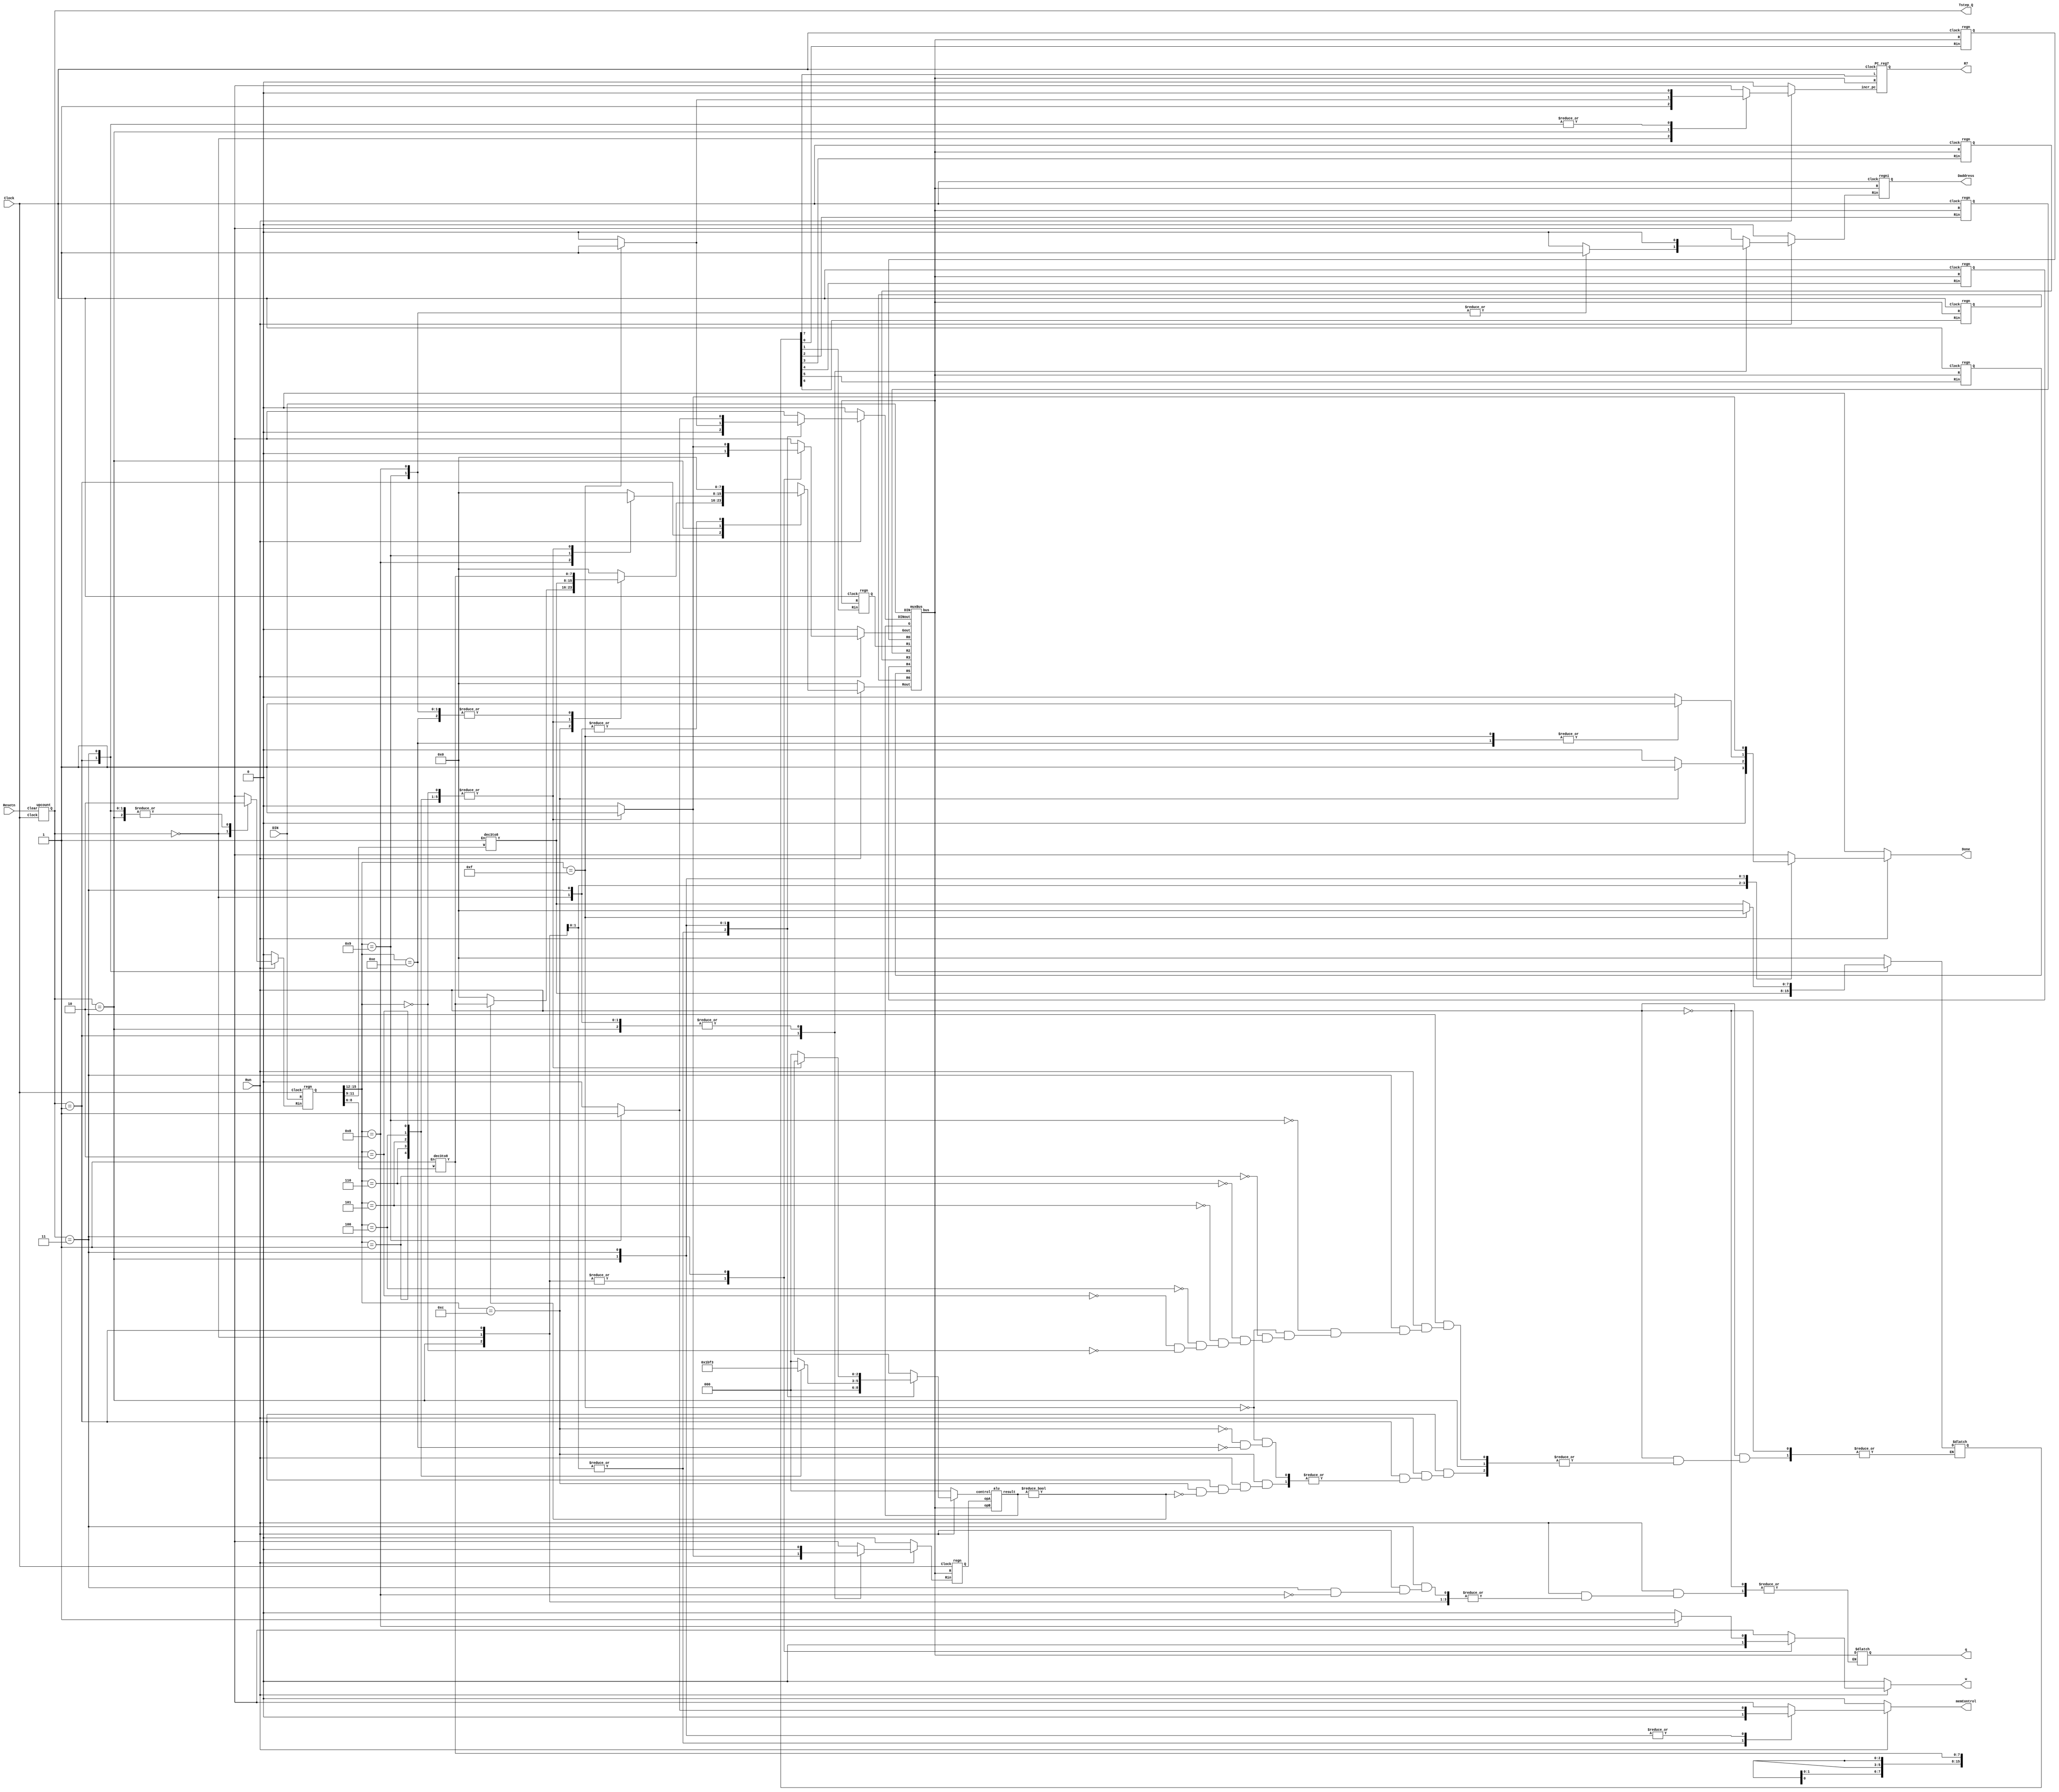
module proc (DIN, Resetn, Clock, Run, Done, q, w, Tstep_Q, Daddress, R7, memControl);

	input [15:0] DIN;
	input Resetn, Clock, Run;
	output reg Done, w, memControl;
	output [15:0] Daddress;
	output reg [15:0] q;
	//output [15:0] DOUT;
	output wire [15:0] R7;

	initial begin
		memControl = 1'b0;
	end

	parameter n = 16;
	wire [n-1:0] BusWires;
	reg [n/2-1:0] Rin, Rout;
	wire [n-1:0] instruction;
	output wire [1:0] Tstep_Q;
	
	reg Ain, IRin, Gin, Gout, ADDRin, DOUTin, incr_pc,DINout;
	reg [2:0] opUla;
	reg [1:0] controlALU;
	wire [n-1:0] R0, R1, R2, R3, R4, R5, R6;
	wire [n-1:0] Qa, G;
	//wire [n-1:0] register [7:0];
	wire [3:0] opcode;
	wire Clear = Resetn;
	wire [7:0] Xreg;
	wire [7:0] Yreg;
	wire [n-1:0] aluOut;
	
	upcount Tstep (Clear, Clock, Tstep_Q);
	
	regn RegInstruction(DIN, IRin, Clock, instruction);
	
	//assign opcode = instruction[15:12];
	
	//assign R0 = 16'b0000000000000001;
	//assign R1 = 16'b0000000000000010;
	
	dec3to8 decX (instruction[11:9], 1'b1, Xreg);
	dec3to8 decY (instruction[8:6], 1'b1, Yreg);
	
	regni RegAddress(BusWires, ADDRin, Clock, Daddress);
	//regn RegDOut(BusWires, DOUTin, Clock, DOUT);
	
	always @(Tstep_Q or Xreg or Yreg)
		begin
			Done = 1'b0;
			memControl = 1'b0;
			w = 1'b0;
			//Rin = 7'b0;
			Rout = 7'b0;
			Ain = 1'b0;
			IRin = 1'b0;
			Gin = 1'b0;
			Gout = 1'b0;
			ADDRin = 1'b0;
			DOUTin = 1'b0;
			incr_pc = 1'b0;
			DINout = 1'b0;
			opUla = 3'b0;
			controlALU = 2'b0;
			if(Run) begin
				case (Tstep_Q)
				2'b00: // PASSO 0
					begin
						IRin = 1'b1;
						ADDRin = 1'b0;
						DINout = 1'b0;
						w = 1'b0;
						incr_pc = 1'b1;
						Gout = 1'b0;
						Rout = 16'b0;
						Rin = 16'b0;
						Done = 1'b0;
						memControl = 1'b0;
					end
				2'b01: // PASSO 1
					case (instruction[15:12])
					 4'b1000: //STORE
					 	begin 
					 		incr_pc = 1'b0;
					 		IRin = 1'b0;
					 		Rout = Yreg;
					 		ADDRin = 1'b1;
					 	end
					 4'b1001: // LOAD
						 begin
							incr_pc = 1'b0;
							ADDRin = 1'b1;
							IRin = 1'b0;
							Rout = Yreg;
						 end
					  4'b1111: // MVI
						 begin
							incr_pc = 1'b0;
							IRin = 1'b0;
							//ADDRin = 1'b1;
							Rin = Xreg;
						 end
					  4'b1100: // MVNZ
						 begin
							incr_pc = 1'b0;
							IRin = 1'b0;
							if(G != 16'b0) begin
								Rout = Yreg;
								Rin = Xreg;
							end
							Done = 1'b1;
						end
					  4'b0001: // SUB
						begin
							Rout = Xreg;
							IRin = 1'b0;
							Ain  = 1'b1;
							incr_pc = 1'b0;
						end
					  4'b0110: // SLT
						begin
							incr_pc = 1'b0;
							Rout = Xreg;
							IRin = 1'b0;
							Ain  = 1'b1;
						end
					  4'b0101: // SRL
						 begin
							incr_pc = 1'b0;
							Rout = Xreg;
							IRin = 1'b0;
							Ain  = 1'b1;
						end
					  4'b0100: // SLL
						 begin
							incr_pc = 1'b0;
							Rout = Xreg;
							IRin = 1'b0;
							Ain  = 1'b1;
						end
					  4'b0010: // OR
						begin
						  IRin = 1'b0;
							Rout = Xreg;
							Ain = 1'b1;
							incr_pc = 1'b0;
						end  
					  4'b0000: // ADD
						 begin
							IRin = 1'b0;
							Rout = Xreg;
							Ain = 1'b1;
							incr_pc = 1'b0;
						 end  
						4'b1110: // MV
							begin
							  IRin = 1'b0;
							  Rin = Xreg;
							  Rout = Yreg;
							  incr_pc = 1'b0;
							end
					endcase
				2'b10: // PASSO 2
				 case(instruction[15:12])

				   4'b1000: //STORE
					 	begin
					 		ADDRin = 1'b0;
					 		Rout = Xreg;
					 	end
				   4'b1001: // LOAD
						begin
						  ADDRin = 1'b0;
						  Rout = 16'bx;
						  memControl = 1'b1;
						end
					 4'b1111: // MVI
						begin
						  incr_pc = 1'b1;
						  ADDRin = 1'b0;
						  Done = 1'b1;
						  DINout = 1'b1;
						  //DINout = 1'b0;
						 
						end
					4'b0001: // SUB
					 begin
						Rout = Yreg;
						Gin = 1'b1;
						Ain = 1'b0;
						opUla = 3'b001;
					  end
					4'b0110: // SLT
					 begin
						Rout = Yreg;
						Gin = 1'b1;
						Ain = 1'b0;
						opUla = 3'b101;
					  end
					4'b0101: // SRL
					  begin
						Rout = Yreg;
						Gin = 1'b1;
						Ain = 1'b0;
						opUla = 3'b111;
					  end
					4'b0100: // SLL
					  begin
						Rout = Yreg;
						Gin = 1'b1;
						Ain = 1'b0;
						opUla = 3'b110;
					  end
					 4'b0010: // OR
					  begin
						 Rout = Yreg;
						 Gin = 1'b1;
						 Ain = 1'b0; 
						 opUla = 3'b011;
					  end
					 4'b0000: // ADD
						begin
						 Rout = Yreg;
						 Gin = 1'b1;
						 Ain = 1'b0; 
						 opUla = 3'b000;
						end
					4'b1110: // MV
						begin
							Done = 1'b1;
						end
					endcase
				2'b11: // PASSO 3
				  case(instruction[15:12])
				    4'b1000: //STORE
					 	begin 
					 		w = 1'b1;
					 		ADDRin = 1'b0;
					 		q = BusWires;
					 	end
				    4'b1001: // LOAD
						begin
						  memControl = 1'b1;
						  Rin = Xreg;
						  DINout = 1'b1;
						end
				    4'b1111: // MVI
						begin
						  DINout = 1'b0;
						  Rin = 16'b0;
						  incr_pc = 1'b0;
						end
					4'b0001: // SUB
					  begin
						Gout = 1'b1;
						Rin = Xreg;
						opUla = 3'bxx;
						Done = 1'b1;
					  end
					4'b0110: // SLT
					  begin
						Gout = 1'b1;
						Rin = Xreg;
						opUla = 3'bxx;
						Done = 1'b1;
					  end
					4'b0101: // SRL
					  begin
						Gout = 1'b1;
						Rin = Xreg;
						opUla = 3'bxx;
						Done = 1'b1;
					  end
					4'b0100: // SLL
					  begin
						Gout = 1'b1;
						Rin = Xreg;
						opUla = 3'bxx;
						Done = 1'b1;
					  end
					 4'b0010: // OR
					  begin
						Gout = 1'b1;
						Rin = Xreg;
						opUla = 3'bxx;
						Done = 1'b1;
						end
					4'b0000: // ADD
						begin
							Gout = 1'b1;
							Rin = Xreg;
							opUla = 3'bxx;
							Done = 1'b1;
						end
					endcase
				endcase	
			end
		end

	regn reg_0 (BusWires, Rin[0], Clock, R0);
	regn reg_1 (BusWires, Rin[1], Clock, R1);
	regn reg_2 (BusWires, Rin[2], Clock, R2);
	regn reg_3 (BusWires, Rin[3], Clock, R3);
	regn reg_4 (BusWires, Rin[4], Clock, R4);
	regn reg_5 (BusWires, Rin[5], Clock, R5);
	regn reg_6 (BusWires, Rin[6], Clock, R6);
	
	PC_reg7 PC(BusWires, Rin[7], incr_pc, Clock, R7);
	
	regn rega(BusWires, Ain, Clock, Qa);
	alu ula(Qa, BusWires, opUla, G);
	
	muxBus mb(DIN, R0, R1, R2, R3, R4, R5, R6, G, Rout, Gout, DINout, BusWires);
	
	//alu alu1 (R0, R1, controlALU, R0);
endmodule

module muxBus(DIN, R0, R1, R2, R3, R4, R5, R6, G, Rout, Gout, DINout, bus);
  parameter n = 16;
  input [n-1:0] DIN, G, R0, R1, R2, R3, R4, R5, R6;
  input [n/2-1:0] Rout;
  input Gout, DINout;
  output reg [n-1:0] bus;
  reg En;
  wire [2:0] Reg;
  
  dec8to3 dec(Rout, En, Reg);
  
  always @(Rout, Gout, DINout) begin
    if(Gout) 
      bus <= G;
    else if(DINout)
      bus = DIN;
    else
      /*En <= 1'b1;
      case (Reg)
        3'b000: bus <= R0;
        3'b001: bus <= R1;
      endcase*/
	if (Rout[0] == 1) 
        bus <= R0;
	else if (Rout[1] == 1)
        bus <= R1;
	else if (Rout[2] == 1)
        bus <= R2;
	else if (Rout[3] == 1)
        bus <= R3;
	else if (Rout[4] == 1)
        bus <= R4;
	else if (Rout[5] == 1)
        bus <= R5;
	else if (Rout[6] == 1)
        bus <= R6;
      /*else
        bus <= 16'bx;*/
  end
endmodule

module dec8to3(In, En, Out);
  input [7:0] In;
  input En;
  output reg [2:0] Out;
  
  always @(In, En) begin
    case (In)
      8'b00000001: Out <= 3'b000;
      8'b00000010: Out <= 3'b001;
      8'b00000100: Out <= 3'b010;
      8'b00001000: Out <= 3'b011;
      8'b00010000: Out <= 3'b100;
      8'b00100000: Out <= 3'b101;
      8'b01000000: Out <= 3'b110;
      8'b10000000: Out <= 3'b111;
    endcase
  end
endmodule

module upcount(Clear, Clock, Q);

	input Clear, Clock;
	output reg [1:0] Q;
	
	always @(posedge Clock)
		if (Clear)
			Q <= 2'b0;
		else
			Q <= Q + 1'b1;
endmodule

module dec3to8(W, En, Y);

		input [2:0] W;
		input En;
		output [0:7] Y;
		reg [0:7] Y;
		
		always @(W or En)
			begin
				if (En == 1)
					case (W)
						3'b000: Y = 8'b00000001;
						3'b001: Y = 8'b00000010;
						3'b010: Y = 8'b00000100;
						3'b011: Y = 8'b00001000;
						3'b100: Y = 8'b00010000;
						3'b101: Y = 8'b00100000;
						3'b110: Y = 8'b01000000;
						3'b111: Y = 8'b10000000;
					endcase
				else
					Y = 8'b00000000;
			end
endmodule

module regn(R, Rin, Clock, Q);

	parameter n = 16;
	input [n-1:0] R;
	input Rin, Clock;
	output [n-1:0] Q;
	
	initial begin
	 // Q = 16'b0000000000000010;
	end
	
	reg [n-1:0] Q;
	
	always @(posedge Clock)
		if (Rin)	
			Q <= R;
endmodule

module regni(R, Rin, Clock, Q);
parameter n = 16;
input [n-1:0] R;
input Rin, Clock;
output [n-1:0] Q;
reg [n-1:0] Q;


initial 
begin
  Q <= 16'b0;
end


always @(posedge Clock)
if (Rin)
	Q <= R;
endmodule

module PC_reg7 (R, L, incr_pc, Clock, Q);
input [15:0] R;
input L, incr_pc, Clock;
output reg [15:0] Q;

initial
begin
  Q <= 16'b0;
end

always @(posedge Clock)
if (L)
	Q <= R;
else
	if (incr_pc)
		Q <= Q + 1'b1;
endmodule

module alu (opA, opB, control, result);

input	[2:0]  control;
input	[15:0]  opA, opB;
output	reg [15:0]  result;

always @(opA, opB, control )
	case (control)
	  3'b000: 		result <= opA + opB;
	  3'b001: 		result <= opA - opB;
	  3'b011:		result <= opA | opB;
	  3'b101:		begin
	  					if (opA < opB) 
	  					result <= 1'b1; 
						else 
							result <= 1'b0;
					end
	  3'b110:		result <= opA << opB;
	  3'b111:		result <= opA >> opB;
	  endcase
endmodule